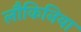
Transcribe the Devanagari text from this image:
लौकिनिया